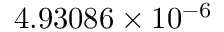
4 . 9 3 0 8 6 \times 1 0 ^ { - 6 }